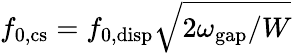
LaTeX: f_{\mathrm{0,cs}}=f_{\mathrm{0,disp}}\sqrt{2\omega_{\mathrm{gap}}/W}